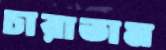
চারাতাম